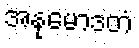
အနုမောဒတံ